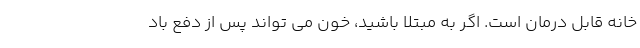
خانه قابل درمان است. اگر به مبتلا باشید، خون می تواند پس از دفع باد